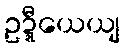
ဥဍ္ဍီယေယျ